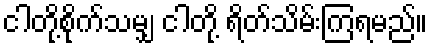
ငါတို့စိုက်သမျှ ငါတို့ ရိတ်သိမ်းကြရမည်။